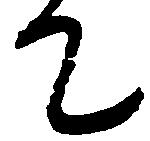
て